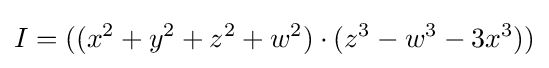
I=((x^{2}+y^{2}+z^{2}+w^{2})\cdot (z^{3}-w^{3}-3x^{3}))